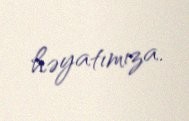
həyatımıza.